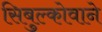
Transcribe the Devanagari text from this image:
सिबुल्कोवाने